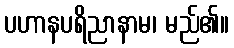
ပဟာနပရိညာနာမ၊ မည်၏။